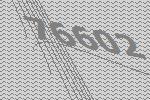
76602